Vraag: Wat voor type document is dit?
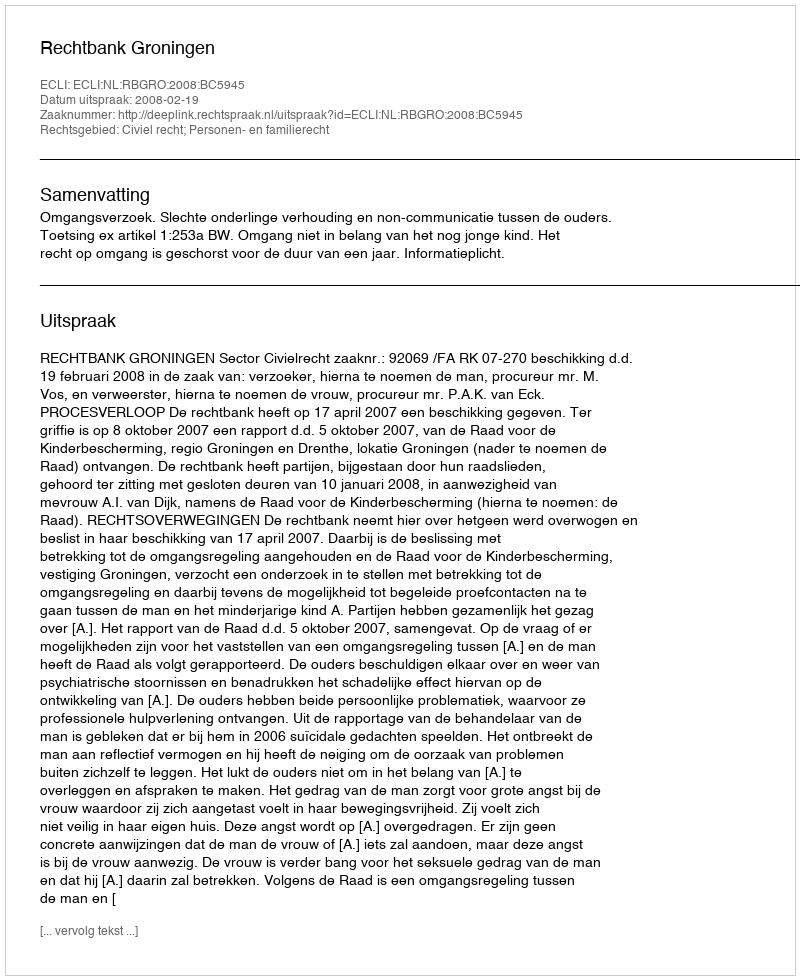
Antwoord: Uitspraak